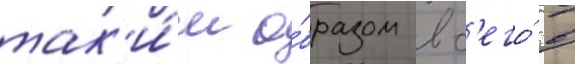
так'и́м о́бразом вс'его́ в